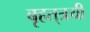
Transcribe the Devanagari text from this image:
बृहत्‌त्रयी